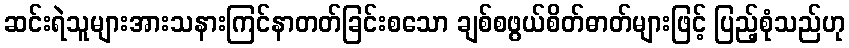
ဆင်းရဲသူများအားသနားကြင်နာတတ်ခြင်းစသော ချစ်စဖွယ်စိတ်ဓာတ်များဖြင့် ပြည့်စုံသည်ဟု